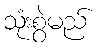
သုံးစွဲမည်